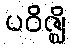
ပဝိဇ္ဈိ